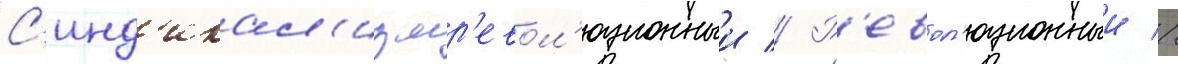
С'инд'икал'измр'евол'юционныи // Р'евол'юционныи //